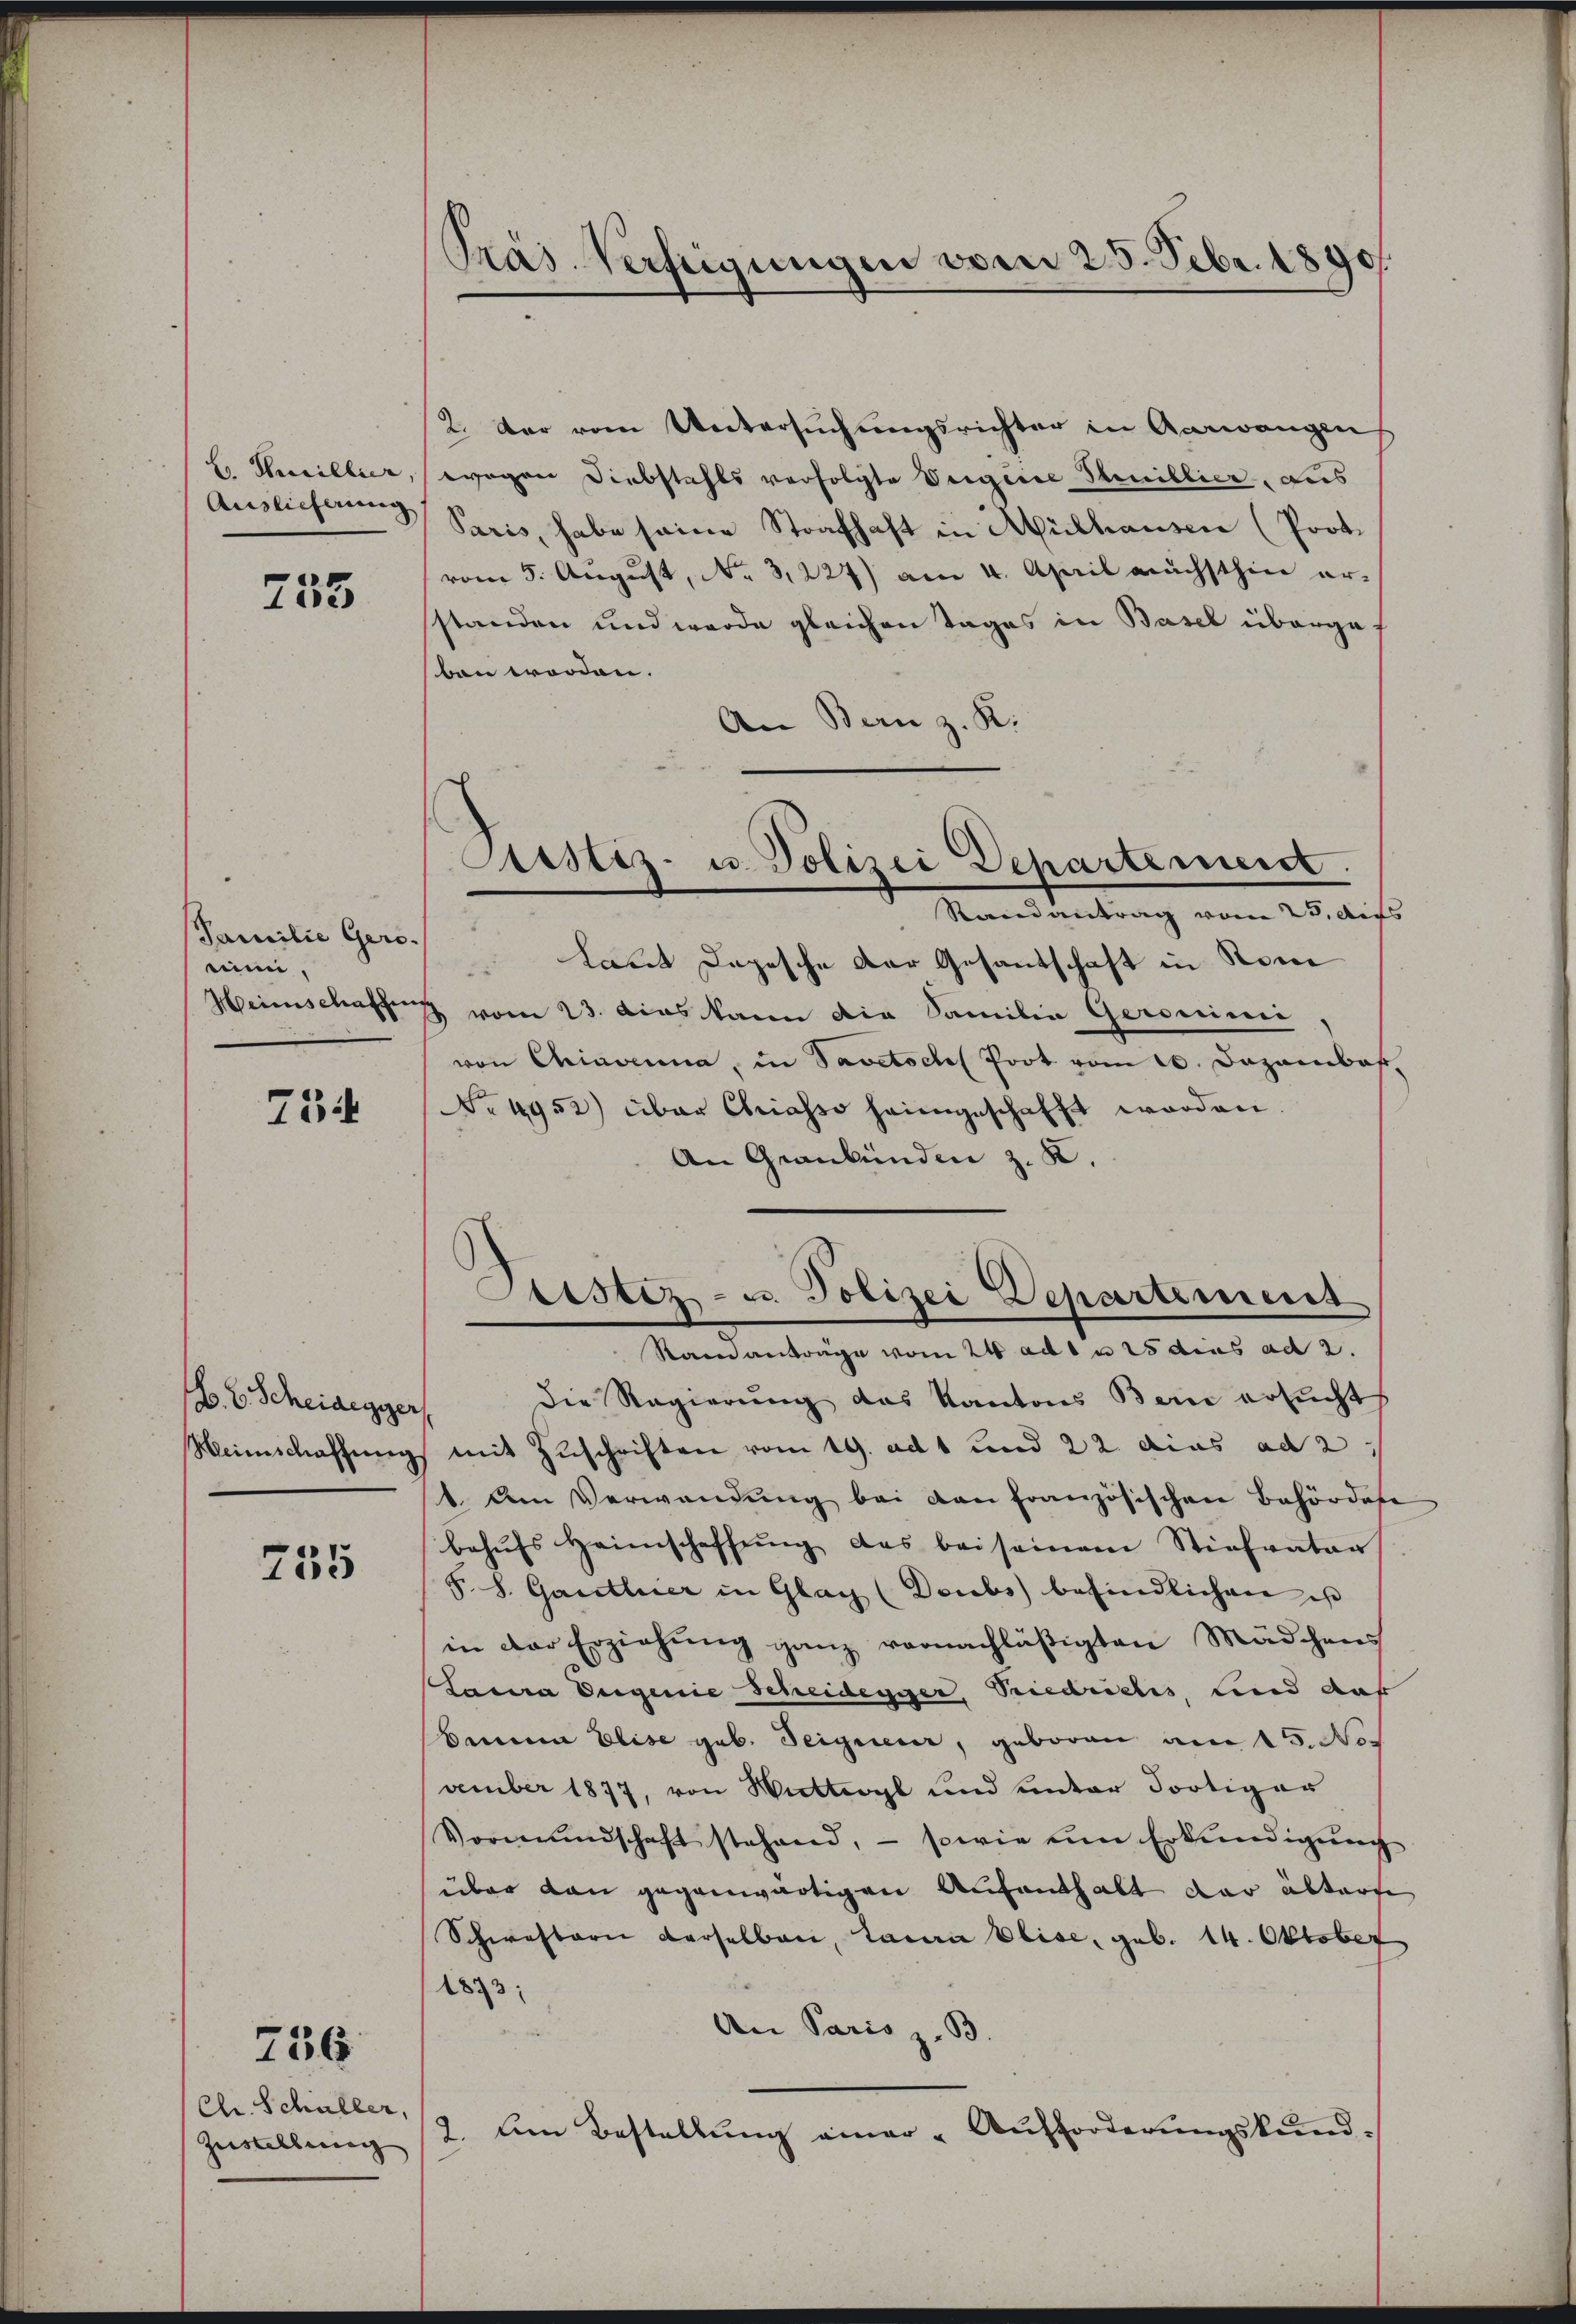
C. Sucillier,
Auslieferung

755

Familie Gero.
mimi,
Heinschaffens

734

A. B. Scheidegger,
Heinschaffŭng

735

736

Ch. Schüller,
Zeistellung |

Pras Verfügungen vom 25. Febr. 1890.

Astiz- u. Polizei Departement.
Randantrag vom 25. des

2. Der vom Untersuchungsrichter in Aarwangen
wogen Diebstahls verfolgte Weigene Steuillier, aus
Paris, habe seine Strafhaft in Mülhausen (Prot.
vom 5. August, No. 3227) am 4. April nächsthin er-
standen und wurde gleichen Tages in Basel überge
ben worden.
An Bern z. R.
Laut Depesche der Gesantschaft in Rome
3 vom 23. das kann die Familie Geronimi
von Chiaverna, in Savetschl Prot vom 20. Dazambas
Nr. 4952) über Chriasso heimgeschafft worden.
An Graubünden z. K.
Eitstiz- u. Polizei Departemens
Ramanträge vom 24. ad 1 u 25 des ad 2.
die Regierung des Kantons Bern ersucht
mit Zuschriften vom 19. ad 1 und 22 dies ad 2
1. Am Verwendung bei den französischen Behördere
behŭfs Heimschaffŭng das beiseinem Stiefvaten
F. S. Garethier in Glach (Deubs befindlichen is
in der Erziehung ganz vernachläßigten Mädchens
Lacra Degenie Scheidegger, Riedrichs, sind auf
Banna Elise geb. Teigner, geboren am 15. November 1877, von Wittwogl und unter dortiger
Vormundschaft stehend, - sowie um Erkŭndigŭng
über dan gegenwärtigen Aufenthalt der abterfe
Schwestern derselben, Laura Elise, geb. 14. Oktober
1873:
An Paris z. B.
2. Um Bestellung einer - Aufforderungskund¬